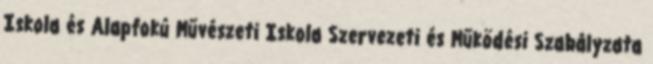
Iskola és Alapfokú Művészeti Iskola Szervezeti és Működési Szabályzata